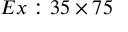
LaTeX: E x : 3 5 \times 7 5